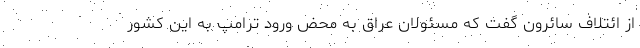
از ائتلاف سائرون گفت که مسئولان عراق به محض ورود ترامپ به این کشور